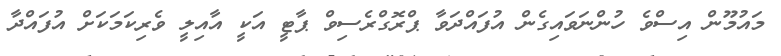
މައުމޫން އިސްވެ ހުންނަވައިގެން އުފައްދަވާ ޕްރޮގްރެސިވް ޕާޓީ އަކީ އާއިލީ ވެރިކަމަކަށް އުފައްދާ